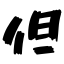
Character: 但